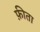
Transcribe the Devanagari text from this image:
फ़ीता